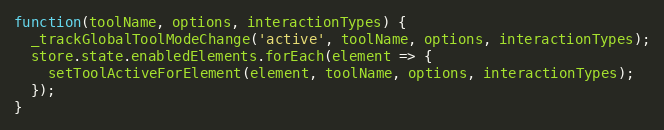
Language: JavaScript
function(toolName, options, interactionTypes) {
  _trackGlobalToolModeChange('active', toolName, options, interactionTypes);
  store.state.enabledElements.forEach(element => {
    setToolActiveForElement(element, toolName, options, interactionTypes);
  });
}